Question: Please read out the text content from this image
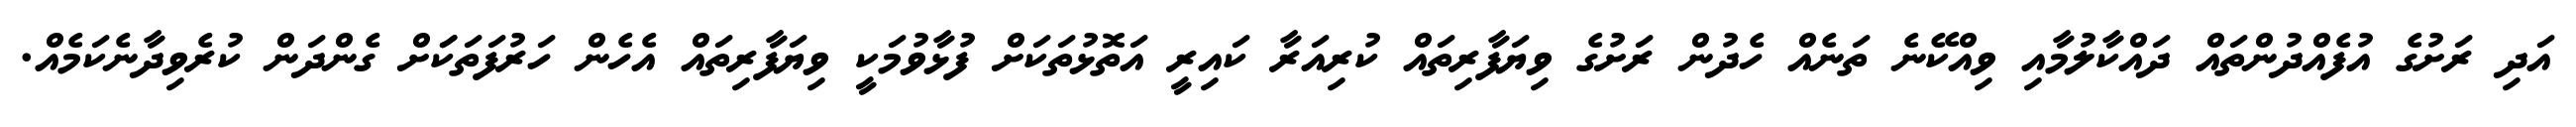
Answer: އަދި ރަށުގެ އުފެއްދުންތައް ދައްކާލުމާއި ވިއްކޭނެ ތަނެއް ހެދުން ރަށުގެ ވިޔަފާރިތައް ކުރިއަރާ ކައިރީ އަތޮޅުތަކަށް ފުޅާވުމަކީ ވިޔަފާރިތައް އެހެން ހަރުފަތަކަަށް ގެންދަން ކުރެވިދާނެކަމެއް.